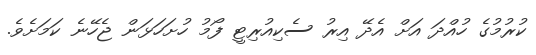
ކުރުމުގެ ހުއްދަ އަށް އެދޭ އިރު ސެކިއުރިޓީ ފޯމު ހުށަހަޅަން ޖެހޭނެ ކަމަށެވެ.